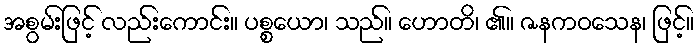
အစွမ်းဖြင့် လည်းကောင်း။ ပစ္စယော၊ သည်။ ဟောတိ၊ ၏။ ဇနကဝသေန၊ ဖြင့်။